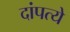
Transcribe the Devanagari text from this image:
दांपत्ये